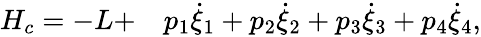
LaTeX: \begin{array}{rl}{H_{c}=-L+}&{{}p_{1}\dot{\xi}_{1}+p_{2}\dot{\xi}_{2}+p_{3}\dot{\xi}_{3}+p_{4}\dot{\xi}_{4},}\end{array}